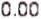
0.00